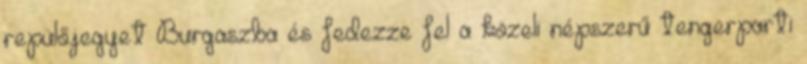
repülőjegyet Burgaszba és fedezze fel a közeli népszerű tengerparti